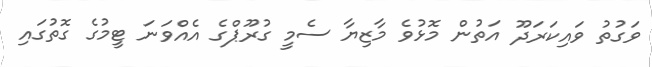
ވަގުތު ވައިކަރަދޫ އަތުން މޮޅުވެ މާޒިޔާ ސެމީ ގުރޫޕްގެ އެއްވަނަ ޓީމުގެ ގޮތުގައި